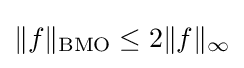
\|f\|_{\operatorname {BMO} }\leq 2\|f\|_{\infty }